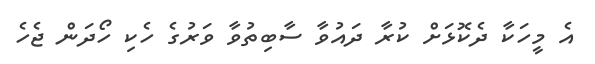
އެ މީހަކާ ދެކޮޅަށް ކުރާ ދައުވާ ސާބިތުވާ ވަރުގެ ހެކި ހޯދަން ޖެހެ